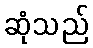
ဆုံသည်